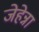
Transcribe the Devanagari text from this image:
जेहेन्ना